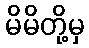
မိမိတို့မှ